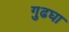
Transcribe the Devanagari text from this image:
गुढघा